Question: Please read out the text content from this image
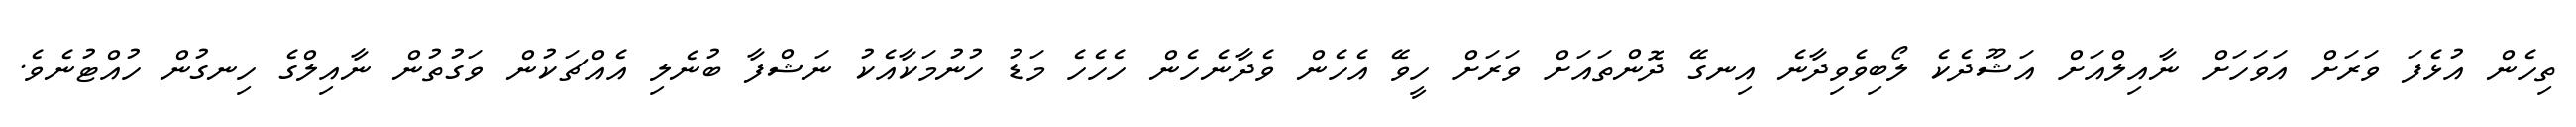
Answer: ތިހެން އުޅެފަ ވަރަށް އަވަހަށް ނާއިލްއަށް އަޝޫދެކެ ލޯބިވެވިދާނެ އިނގޭ ދޮންތައަށް ވަރަށް ހީވޭ އެހެން ވެދާނެހެން ހެހެހެ މަޑު ހުނުމަކާއެކު ނަޝްފާ ބުނެލި އެއްޗަކުން ވަގުތުން ނާއިލްގެ ހިނގުން ހުއްޓުނެވެ.